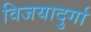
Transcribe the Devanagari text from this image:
विजयादुर्गा